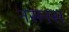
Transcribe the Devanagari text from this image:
नसनस